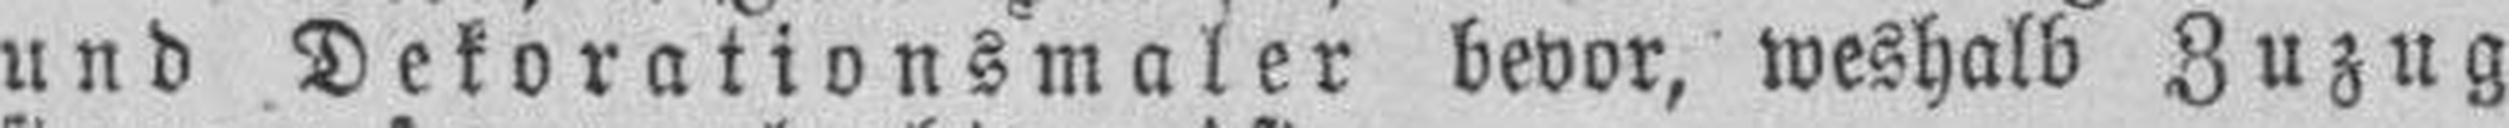
und Dekorationsmaler bevor, weshalb Zuzug